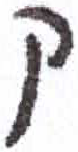
אות: ק